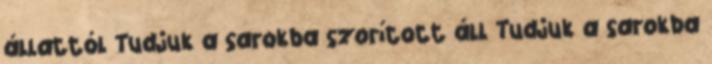
állattól Tudjuk a sarokba szorított áll Tudjuk a sarokba